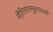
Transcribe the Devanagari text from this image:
नीतिसारमुक्तावली